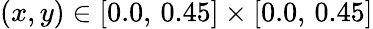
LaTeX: (x,y)\in[0.0,\, 0.45]\times[0.0,\, 0.45]